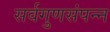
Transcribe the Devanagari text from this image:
सर्वगुणसंपन्‍न